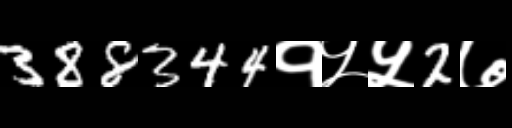
Text: 388344१५५2७